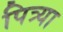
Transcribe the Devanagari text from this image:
पित्र्या